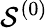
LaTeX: \mathcal{S}^{(0)}